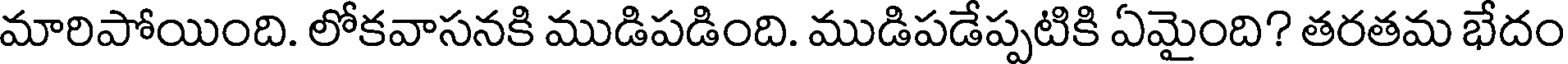
మారిపోయింది. లోకవాసనకి ముడిపడింది. ముడిపడేప్పటికి ఏమైంది? తరతమ భేదం